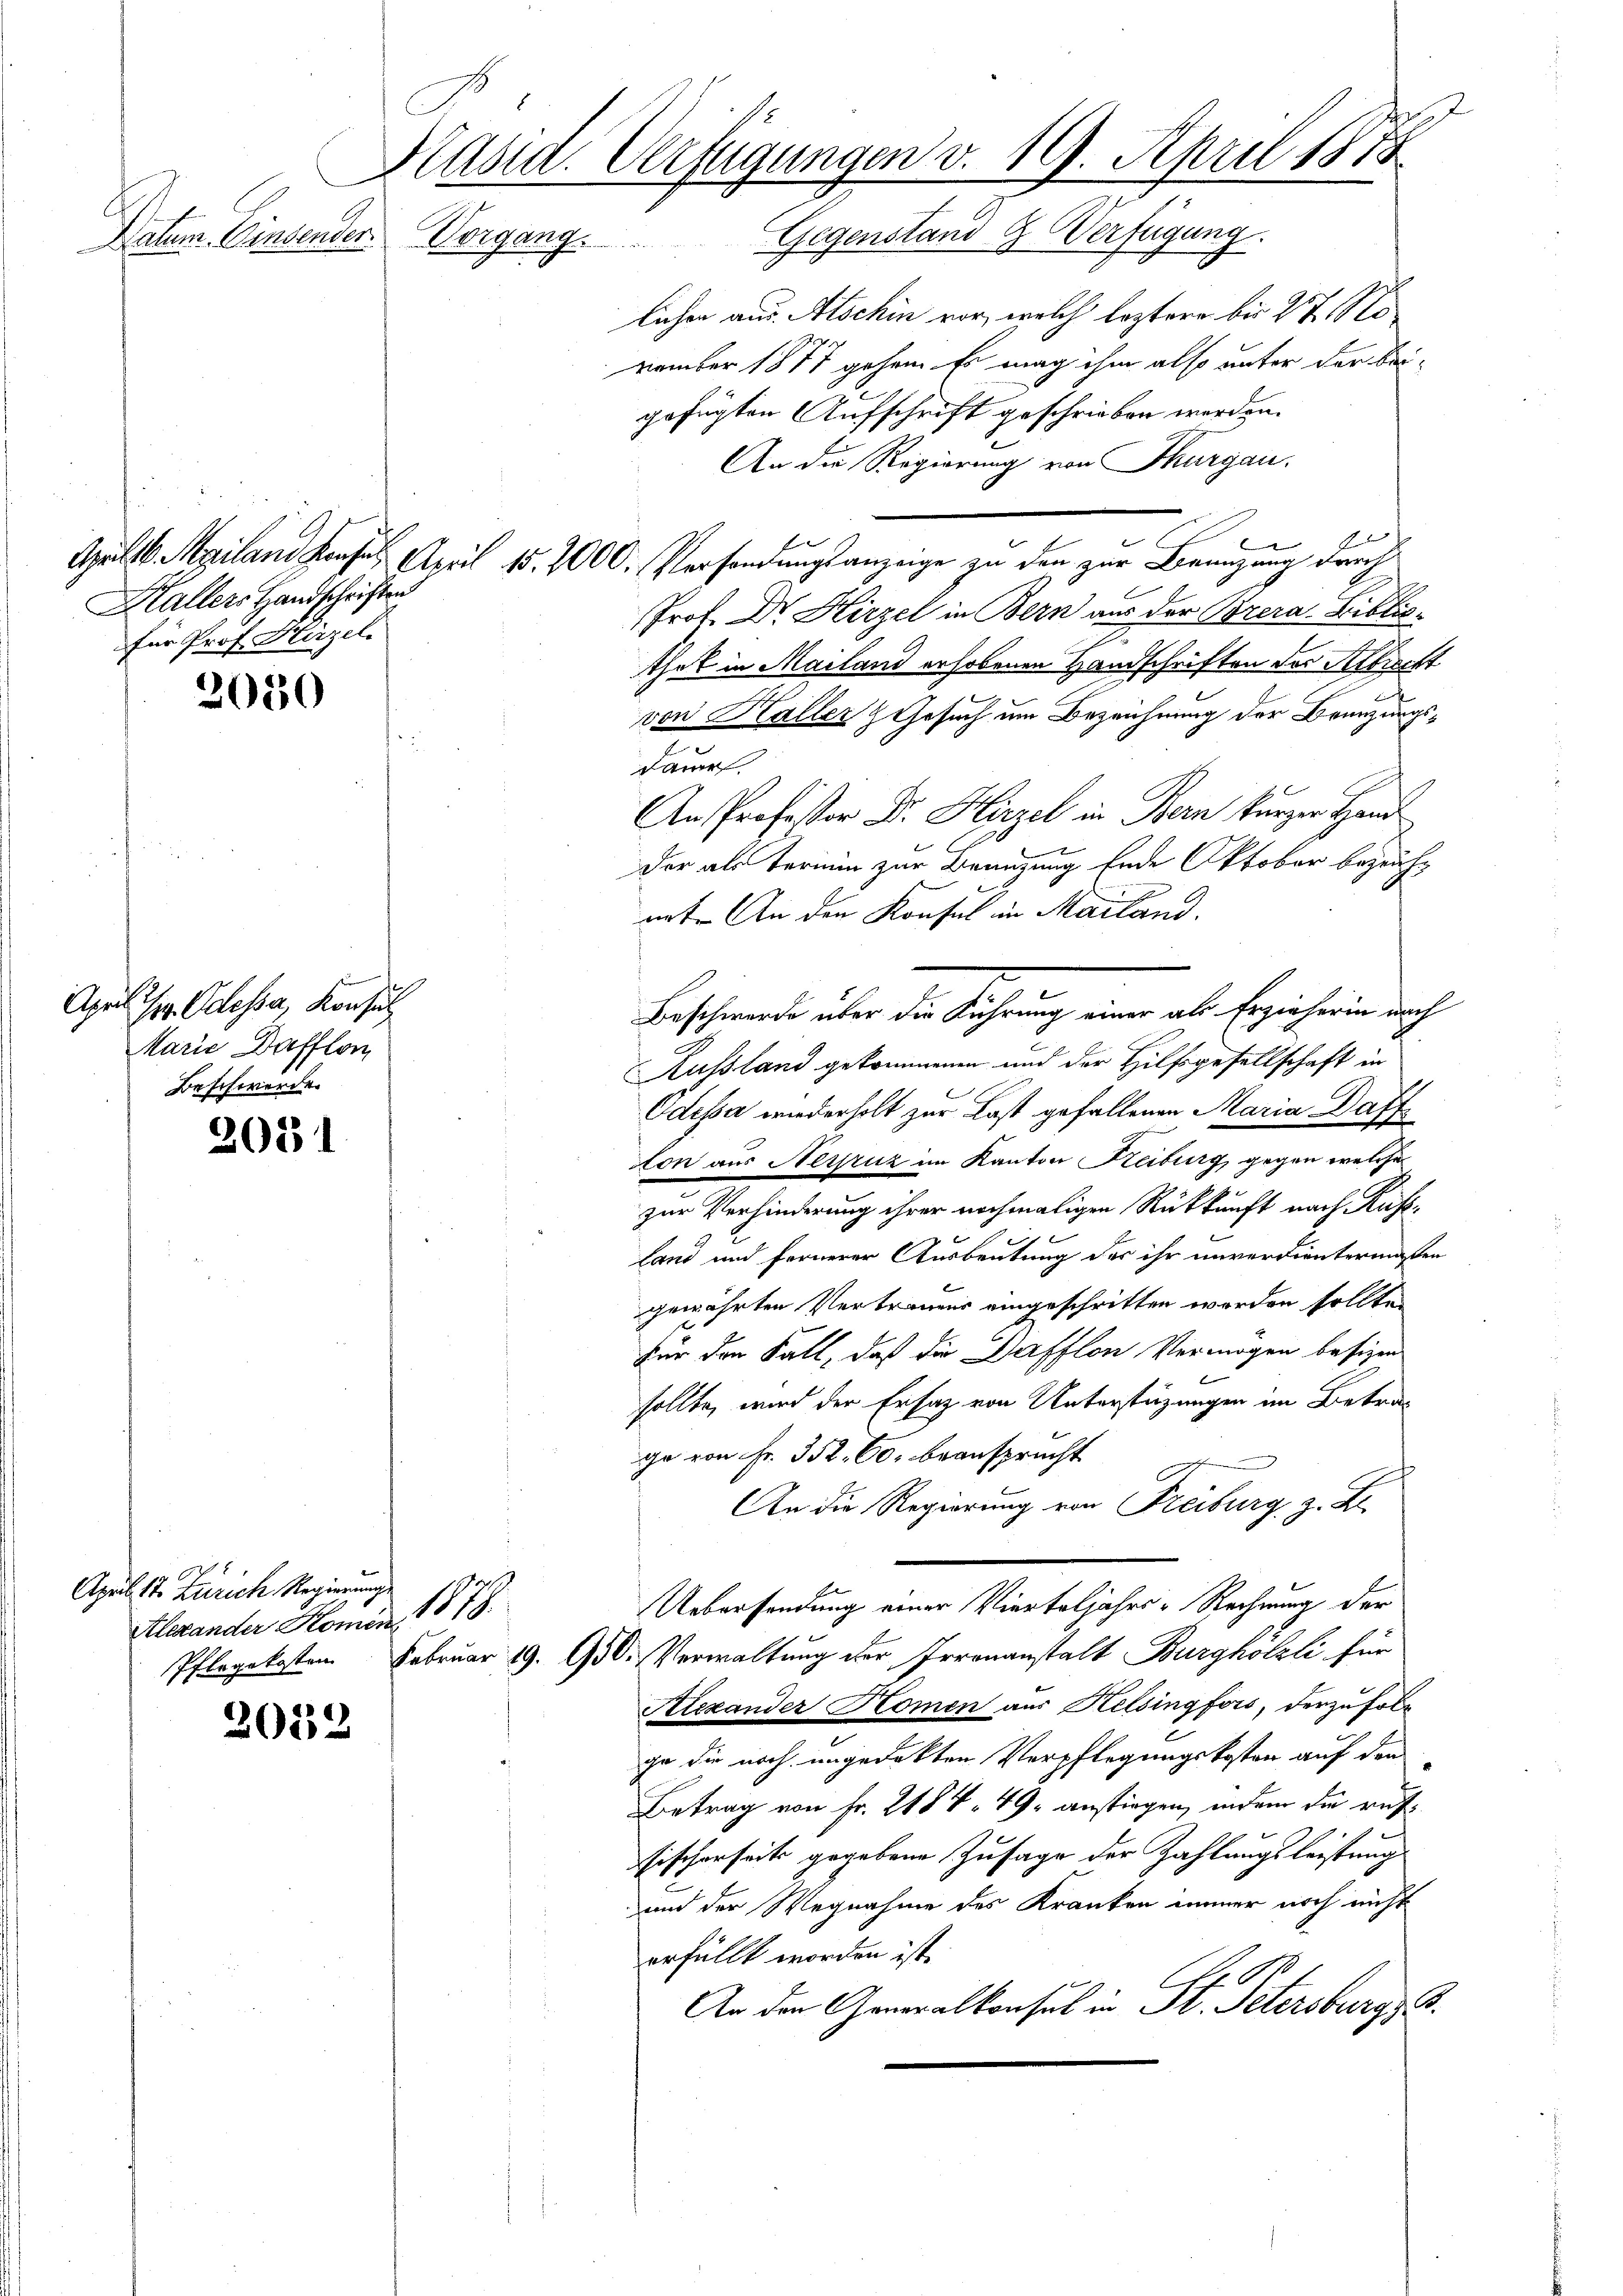
s
Datum. Einsender

Hallers Handschriften
für Prof. Hirzeli

2050

Alpen
Chr. Odessa, Konsul
Marie Dafflon
Beschwerde.

2051

2052

April 17. Zürich Regierung
Alexander Komen

J
Ptasia. Verfügungen v. 19. April 1878

17.

Vorgang. Gegenstand & Verfügung.
lichen aus. Alschin vor, welch leztere bis 27
vember 1877 gehen. Es mag ihm also unter der beigefügten Aufschrift geschrieben werden.
An die Regierung von Thurgau.
f
Gelb gland Konsen April 15. 2000. Versandungsanzeige zu den zur Branzaun durch
Prof. Dr. Hirzel in Bern aus der Brera-Biblio-
thek in Mailand erhobenen Handschriften der Albrecht
von Kaller & Gesuch um Bezeichnung der Brenzungsdauer.
An Professor Dr. Hirzel in Bern kurzer Hand
der als Termin zur Branzung Ende Oktober bezeuhnet. An den Konsul in Mailand.
Russland gekommenen und der Hilfsgesellschaft in
Odessa wiederholt zur Last gefallenen Maria Daffton aus Nerpruz im Kanton Keiburg, gegen welche
zur Verhinderung ihrer nochmaligen Rückkunft nach Rusland und fernerer Ausbeutung des ihr unverdientermaßen
gewährten Vertrauens eingeschritten werden sollten
Für den Fall, daß die Dafflon Vermögen besizen
sollte, wird der Ersatz von Unterstüzungen im Betrage von Fr. 352. 60. beansprecht
An die Regierung von Freiburg z. B.
Uebersendung einer Vierteljahrs-Rechnung der
Pflegekosten Februar 19. 90. Verwaltung der Irrenanstalt Burghölzli für
Alexander Komen aus Helsingfors, derzufolge die noch ungedekten Verpflegungskosten auf den
Betrag von Fr. 218, 49 anstiegen, indem die ruf¬
Fischerseits gegebene Zusage der Zahlungsleistung
und der Wegnahme des Kranken immer noch nicht
erfüllt worden ist.
80
An den Generalkonsul in St. Petersburg, B.

Beschwerde über die Führung einer als Erzieherin doch